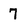
Character: 7